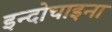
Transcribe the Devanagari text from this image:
इन्दोचाइना